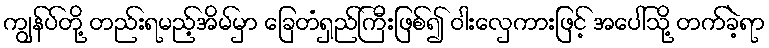
ကျွန်ပ်တို့ တည်းရမည့်အိမ်မှာ ခြေတံရှည်ကြီးဖြစ်၍ ဝါးလှေကားဖြင့် အပေါ်သို့ တက်ခဲ့ရာ